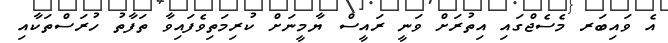
އެ ވައިބަރ މެސެޖްގައި އިތުރަށް ވަނީ ރައީސް ޔާމީނަށް ކުރިމަތިވެފައިވާ ތަފާތު ހުރަސްތަކާއި